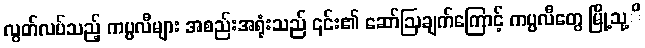
လွတ်လပ်သည့် ကပ္ပလီများ အစည်းအရုံးသည် ၎င်း၏ ဆော်ဩချက်ကြောင့် ကပ္ပလီတွေ မြို့သု့ိ